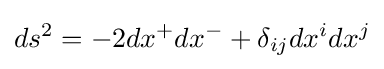
ds^{2}=-2dx^{+}dx^{-}+\delta _{ij}dx^{i}dx^{j}